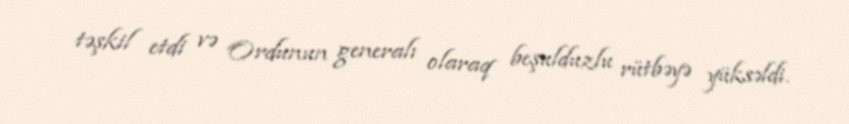
təşkil etdi və Ordunun generalı olaraq beşulduzlu rütbəyə yüksəldi.